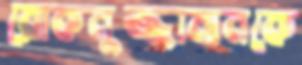
রোকনুজ্জামানকে